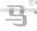
马